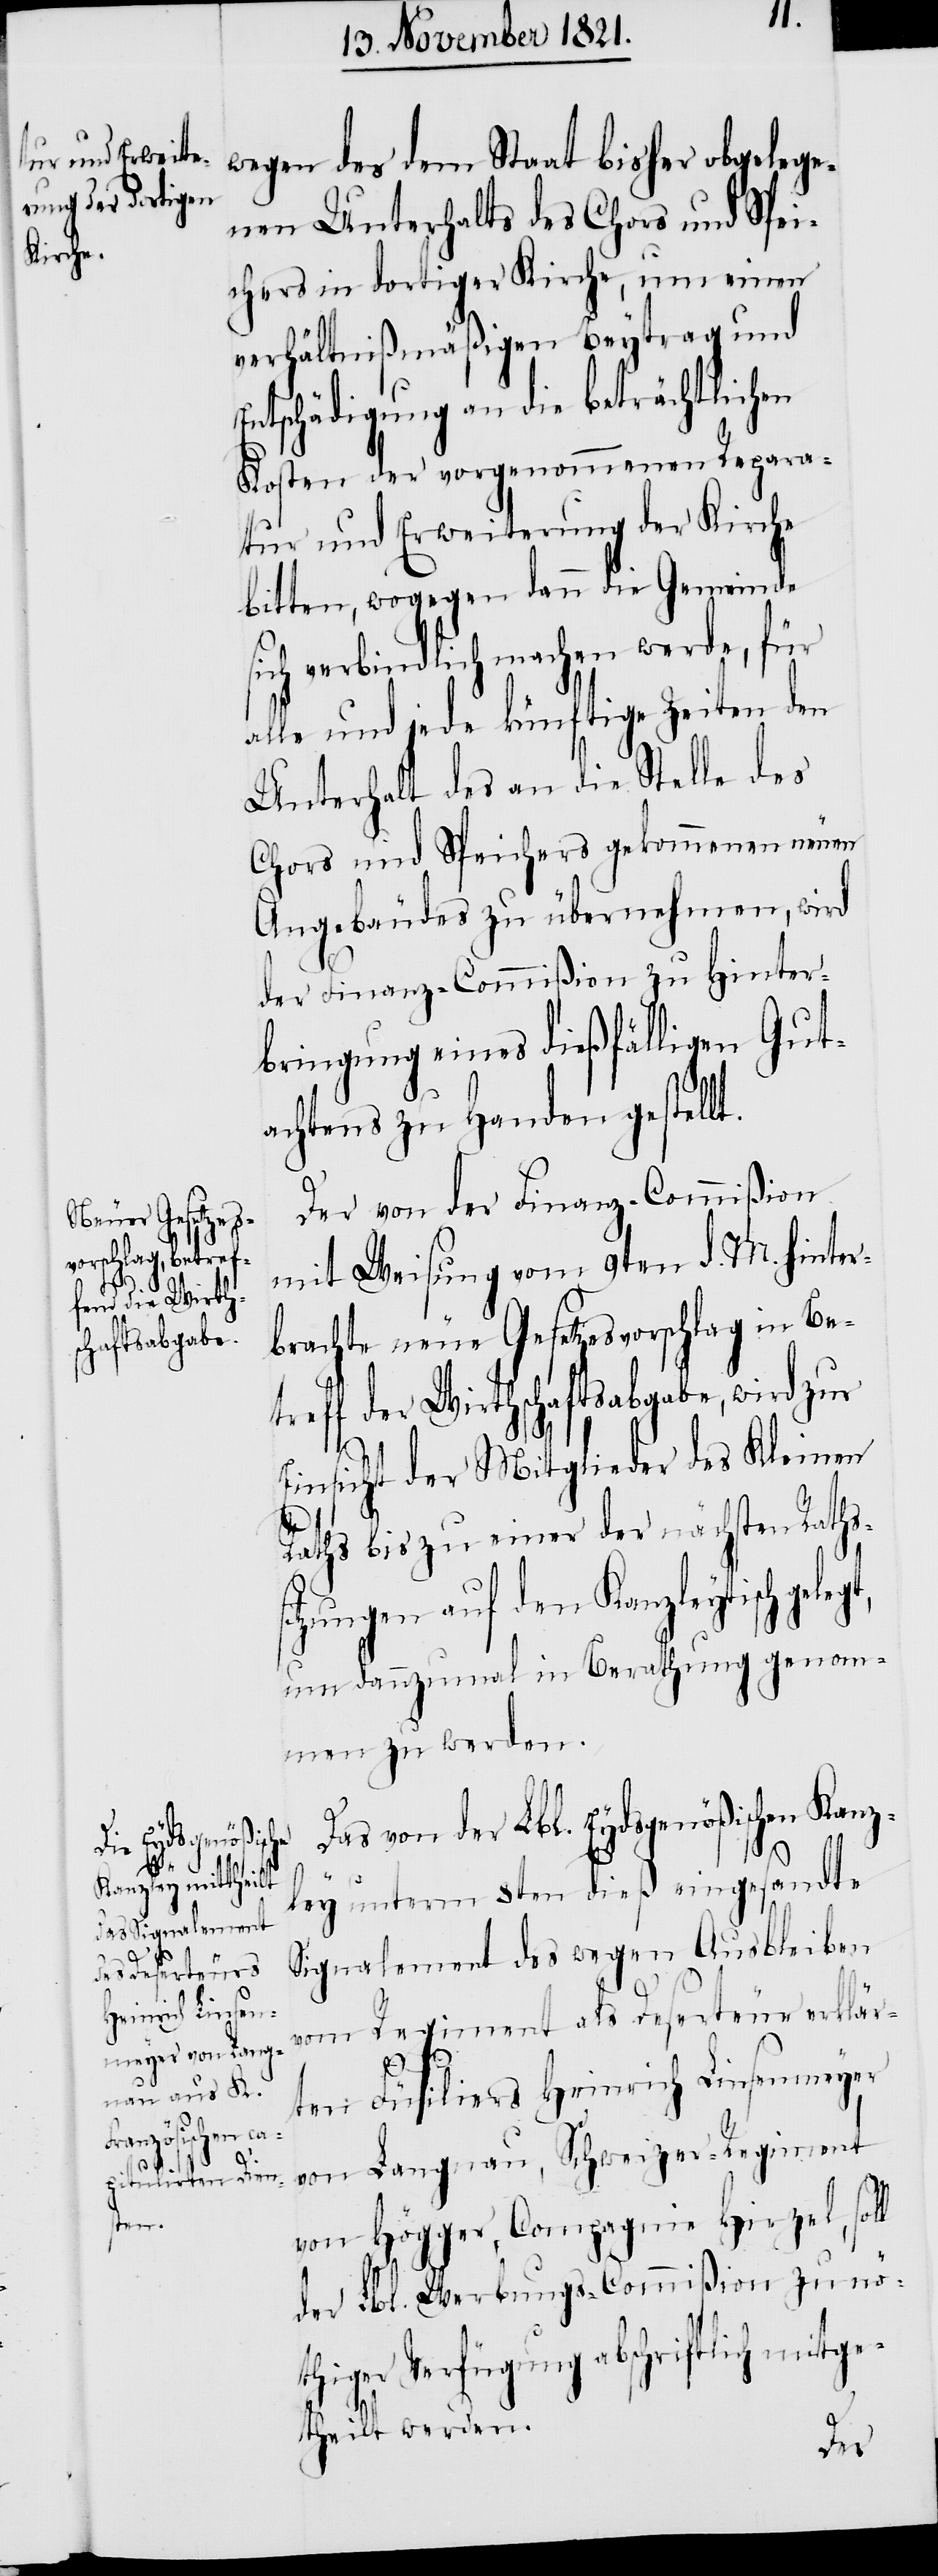
egt,
t.

wegen des dem Staat bisher obgelege¬
nen Unterhalts des Chors und Spei¬
chers in dortiger Kirche, um einen
verhältnißmäßigen Beytrag und
Entschädigung an die beträchtlichen
Kosten der vorgenommenen Repara¬
tur und Erweiterung der Kirche
bitten, wogegen dann die Gemeinde
sich verbindlich machen werde, für
alle und jede künftige Zeiten den
Unterhalt des an die Stelle des
Chors und Speichers gekommenen
Angebäudes zu übernehmen, wird
der Finanz-Commißion zu Hinter¬
bringung eines dießfälligen Gut¬
achtens zu Handen gestell¬
Der von der Finanz-Commißion
mit Weisung vom 9ten d. M. hinter¬
brachte neue Gesetzesvorschlag in Bet¬
reff der Wirthschaftsabgabe, wird zur
Einsicht der Mitglieder des Kleinen
Raths bis zu einer der nächsten Raths¬
tzungen auf den Kanzleytisch gel¬
um dannzumal in Berathung genom¬
men zu werden.
Das von der Lbl. Eydsgenößischen Kanz¬
ley unterm 8ten dieß eingesandte
Signalement des wegen Ausbleiben
vom Regiment als Deserteur erklär¬
si¬
ten Füsiliers Heinrich Linsenmeyer
von Langnau, Schweizer-Regiment
von Högger, Compagnie Hirzel, soll
der Lbl. Werbungs-Commißion zu nö¬
thiger Verfügung abschriftlich mitge¬
theilt werden.